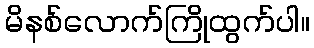
မိနစ်လောက်ကြိုထွက်ပါ။